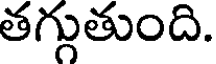
తగ్గుతుంది.